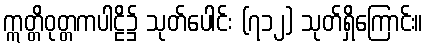
ဣတ္တိဝုတ္တကပါဠိ၌ သုတ်ပေါင်း (၇၁၂) သုတ်ရှိကြောင်း။